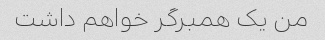
من یک همبرگر خواهم داشت